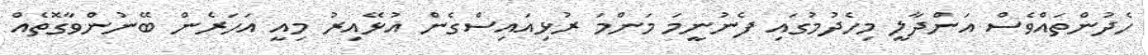
ހެދުންތައްވެސް އަންދާލީ މިހެދުމުގައި ފެނުނީމަ މަންމަ ރުޅިއައިސްގެން އުޅޭއިރު މިއީ އަހަރެން ބޭނުންވާގޮތެއް